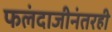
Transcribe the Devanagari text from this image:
फलंदाजीनंतरही